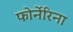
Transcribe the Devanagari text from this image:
फोर्नेरिना